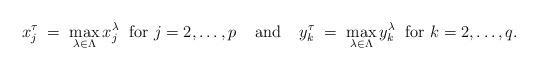
LaTeX: \begin{align*}x_j^\tau \;=\; \max_{\lambda \in \Lambda} x_j^\lambda \;{\mbox{ for }}j=2,\ldots, p \;\;\;\; {\mbox{and}} \;\;\;\;y_k^\tau \;=\; \max_{\lambda \in \Lambda} y^\lambda_k \;{\mbox{ for }}k=2,\ldots, q. \end{align*}